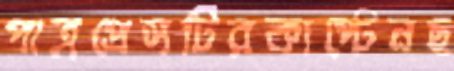
পাত্রপ্রেসটিরকাপ্টেনছ